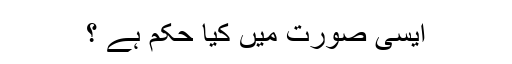
ایسی صورت میں کیا حکم ہے ؟